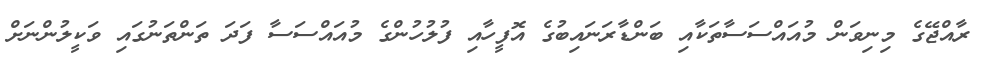
ރާއްޖޭގެ މިނިވަން މުއައްސަސާތަކާއި ބަންޑާރަނައިބުގެ އޮފީހާއި ފުލުހުންގެ މުއަައްސަސާ ފަދަ ތަންތަނުގައި ވަކީލުންނަށް